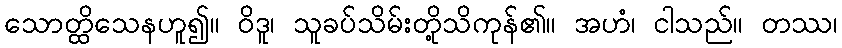
သောတ္ထိသေနဟူ၍။ ဝိဒူ၊ သူခပ်သိမ်းတို့သိကုန်၏။ အဟံ၊ ငါသည်။ တဿ၊